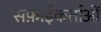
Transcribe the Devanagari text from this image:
सफ़ाईकर्ताओं